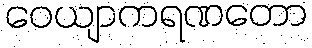
ဝေယျာကရဏတော